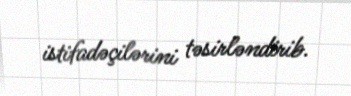
istifadəçilərini təsirləndirib.